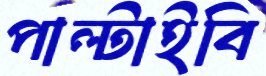
পাল্‌টাইবি